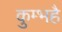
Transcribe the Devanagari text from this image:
कुम्भहै